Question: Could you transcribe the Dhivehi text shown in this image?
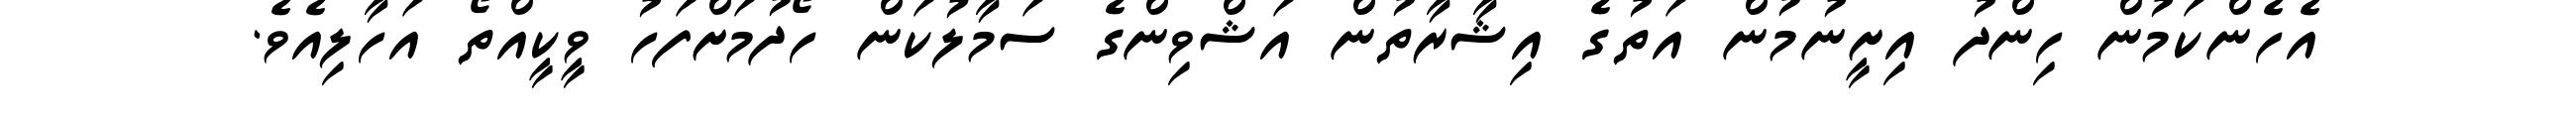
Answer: އެހެންކަމުން ހިންދު އިށީނުމުން އަތުގެ އިޝާރާތުން އަޝްވިންގެ ސަމާލުކަން ހޯދުމަށްފަހު ވީކީއްތޯ އަހާލިއެވެ.